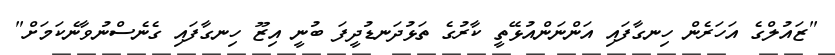
"ޒައުލްގެ އަހަރެން ހިނގާފައި އަންނަންއުޅޭތީ ކާރުގެ ތަޅުދަނޑުދީފަ ބުނީ އިޒޫ ހިނގާފައި ގެނެސްނުވާނެކަމަށް"